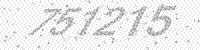
Solution: 751215